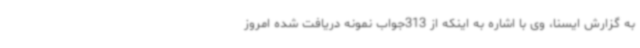
به گزارش ایسنا، وی با اشاره به اینکه از 313جواب نمونه دریافت شده امروز